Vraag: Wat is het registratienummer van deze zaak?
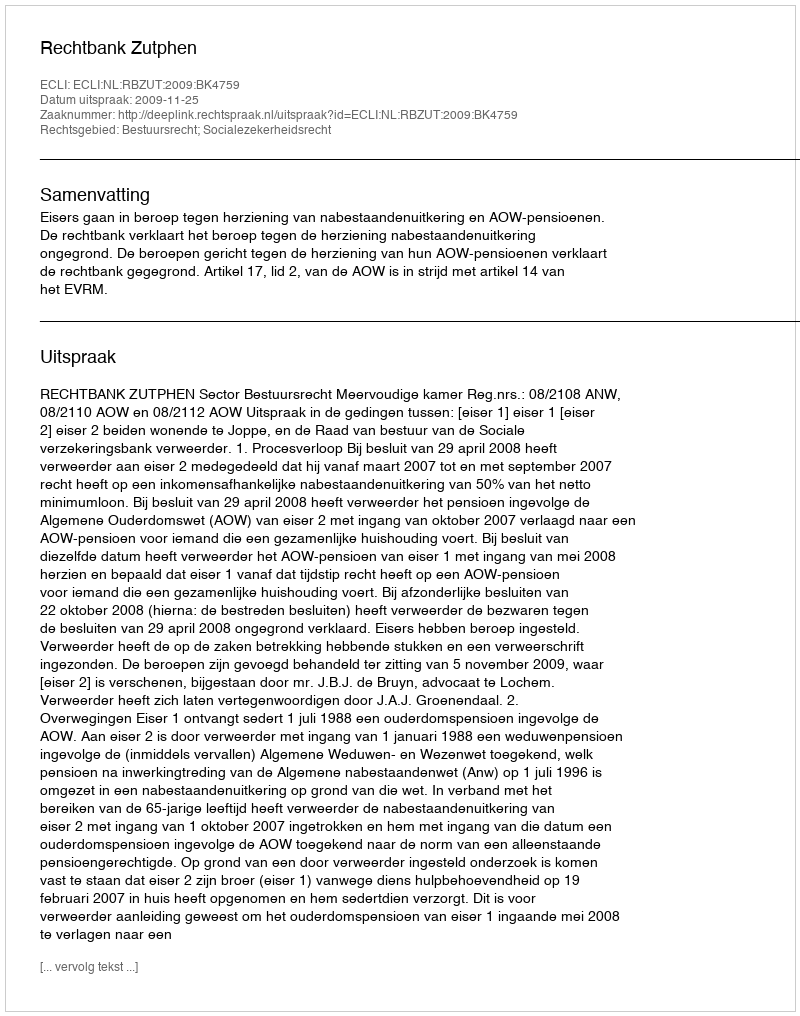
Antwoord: http://deeplink.rechtspraak.nl/uitspraak?id=ECLI:NL:RBZUT:2009:BK4759